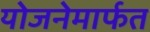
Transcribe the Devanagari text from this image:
योजनेमार्फत